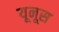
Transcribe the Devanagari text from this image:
यूनूस